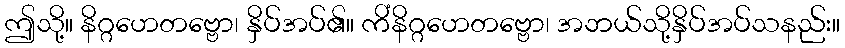
ဤသို့။ နိဂ္ဂဟေတဗ္ဗော၊ နှိပ်အပ်၏။ ကိံနိဂ္ဂဟေတဗ္ဗော၊ အဘယ်သို့နှိပ်အပ်သနည်း။